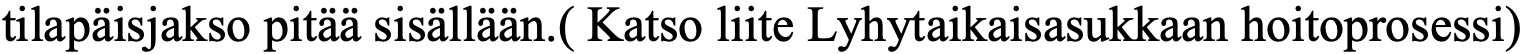
tilapäisjakso pitää sisällään.( Katso liite Lyhytaikaisasukkaan hoitoprosessi)